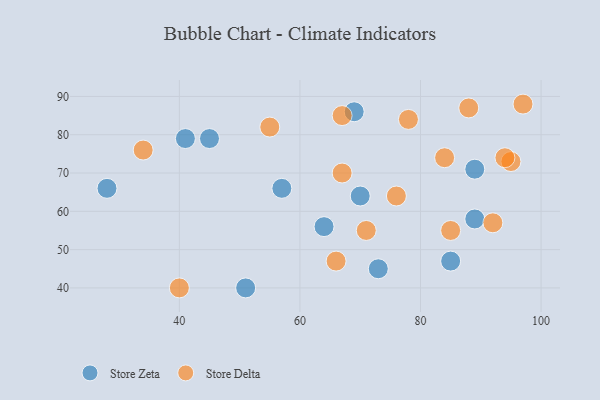
{"axis": {"x": "GDP", "y": "Life Expectancy"}, "legend": ["Store Delta", "Store Zeta"], "data": [{"x": "28", "y": 66, "type": "Store Zeta"}, {"x": "51", "y": 40, "type": "Store Zeta"}, {"x": "73", "y": 45, "type": "Store Zeta"}, {"x": "69", "y": 86, "type": "Store Zeta"}, {"x": "70", "y": 64, "type": "Store Zeta"}, {"x": "41", "y": 79, "type": "Store Zeta"}, {"x": "64", "y": 56, "type": "Store Zeta"}, {"x": "45", "y": 79, "type": "Store Zeta"}, {"x": "89", "y": 58, "type": "Store Zeta"}, {"x": "85", "y": 47, "type": "Store Zeta"}, {"x": "89", "y": 71, "type": "Store Zeta"}, {"x": "57", "y": 66, "type": "Store Zeta"}, {"x": "95", "y": 73, "type": "Store Delta"}, {"x": "97", "y": 88, "type": "Store Delta"}, {"x": "55", "y": 82, "type": "Store Delta"}, {"x": "66", "y": 47, "type": "Store Delta"}, {"x": "94", "y": 74, "type": "Store Delta"}, {"x": "78", "y": 84, "type": "Store Delta"}, {"x": "84", "y": 74, "type": "Store Delta"}, {"x": "71", "y": 55, "type": "Store Delta"}, {"x": "88", "y": 87, "type": "Store Delta"}, {"x": "85", "y": 55, "type": "Store Delta"}, {"x": "67", "y": 85, "type": "Store Delta"}, {"x": "40", "y": 40, "type": "Store Delta"}, {"x": "92", "y": 57, "type": "Store Delta"}, {"x": "67", "y": 70, "type": "Store Delta"}, {"x": "76", "y": 64, "type": "Store Delta"}, {"x": "34", "y": 76, "type": "Store Delta"}]}